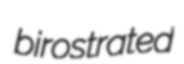
birostrated